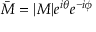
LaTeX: { \bar { M } } = | M | e ^ { i \theta } e ^ { - i \phi }